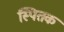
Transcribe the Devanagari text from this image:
स्पितक